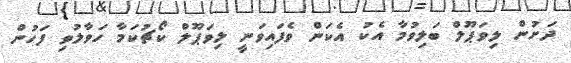
ދަށުން ލިވަޕޫލް ބަލިވުމާ އެކު އެކަން ވެފައިވަނީ ލިވަޕޫލް ކޯޗުކަމާ ހަވާލުވި ފަހުން